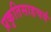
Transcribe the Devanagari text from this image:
प्रकृतिसाहचर्य